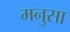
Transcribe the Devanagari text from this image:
मनुसा